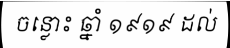
ចន្លោះ ឆ្នាំ ១៩១៩ ដល់